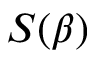
S ( \beta )